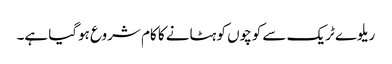
ریلوے ٹریک سے کوچوں کو ہٹانے کا کام شروع ہوگیا ہے۔